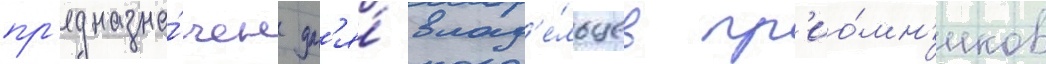
пр'едназна́чен дл'я́ влад'е́льцев пр'ио́мн'иков